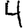
Digit: 4